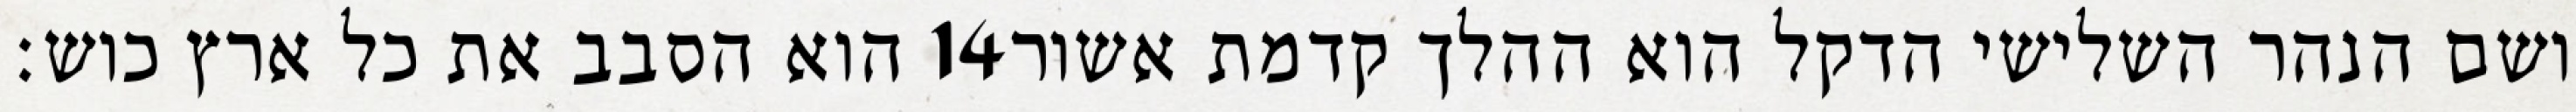
הוא הסבב את כל ארץ כוש׃ ‎14‏ ושם הנהר השלישי הדקל הוא ההלך קדמת אשור